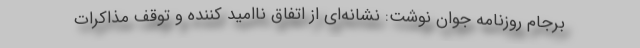
برجام روزنامه جوان نوشت: نشانه‌ای از اتفاق ناامید کننده و توقف مذاکرات